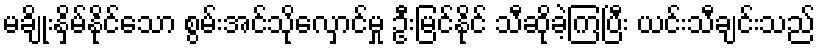
မချိုးနှိမ်နိုင်သော စွမ်းအင်သိုလှောင်မှု ဦးမြင်နိုင် သီဆိုခဲ့ကြပြီး ယင်းသီချင်းသည်